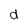
Character: d